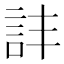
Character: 𧥹